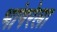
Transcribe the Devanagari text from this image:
भांगरेला